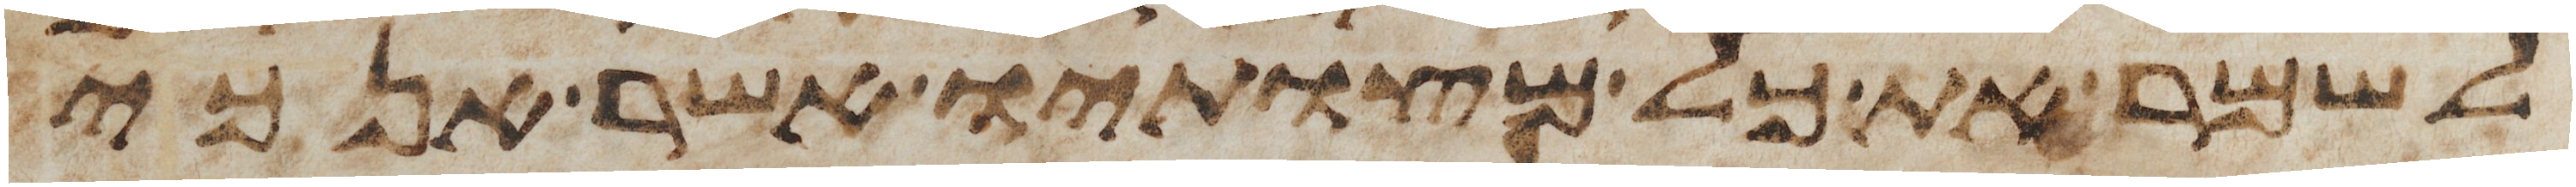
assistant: לשמר את כל מצותיו אשר אנכי